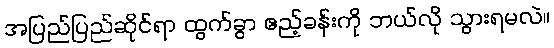
အပြည်ပြည်ဆိုင်ရာ ထွက်ခွာ ဧည့်ခန်းကို ဘယ်လို သွားရမလဲ။